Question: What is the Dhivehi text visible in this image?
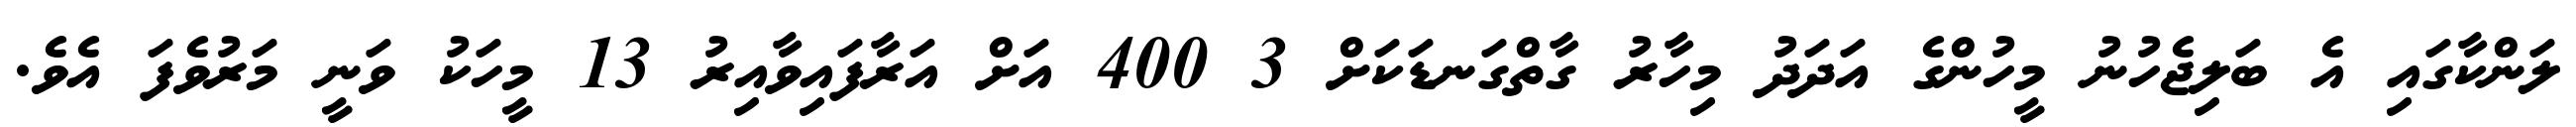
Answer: ލަންކާގައި އެ ބަލިޖެހުނު މީހުންގެ އަދަދު މިހާރު ގާތްގަނޑަކަށް 3 400 އަށް އަރާފައިވާއިރު 13 މީހަކު ވަނީ މަރުވެފަ އެވެ.